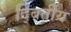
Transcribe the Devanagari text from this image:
द्बितीय